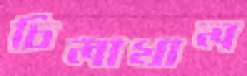
চিলাখাল